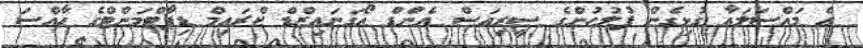
އެ މައްސަލައާ ގުޅިގެން ފުލުހުންގެ ސީރިއަސް އެންޑް އޯގަނައިޒްޑް ކްރައިމް ޑިޕާޓްމަންޓްގެ ހާއްސަ